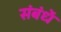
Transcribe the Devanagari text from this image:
संबंधें